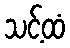
သင့်ထံ